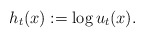
\begin{align*}h_t(x) := \log u_t(x).\end{align*}